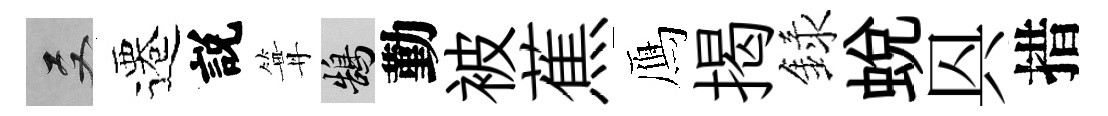
双遷説篝鵠勤被蕉鴈揭録蛻㒷措